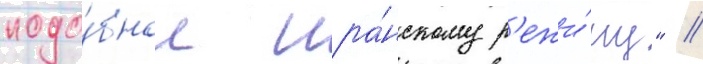
подо́бное ира́нскому р'ежи́му" //